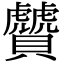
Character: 贙